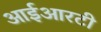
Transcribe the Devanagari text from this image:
आईआरटी